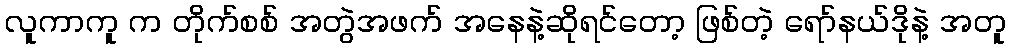
လူကာကူ က တိုက်စစ် အတွဲအဖက် အနေနဲ့ဆိုရင်တော့ ဖြစ်တဲ့ ရော်နယ်ဒိုနဲ့ အတူ